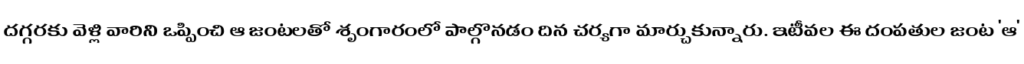
దగ్గరకు వెళ్లి వారిని ఒప్పించి ఆ జంటలతో శృంగారంలో పాల్గొనడం దిన చర్యగా మార్చుకున్నారు. ఇటీవల ఈ దంపతుల జంట 'ఆ'